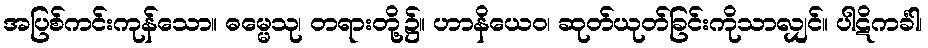
အပြစ်ကင်းကုန်သော။ ဓမ္မေသု၊ တရားတို့၌။ ဟာနိယေဝ၊ ဆုတ်ယုတ်ခြင်းကိုသာလျှင်။ ပါဋိကင်္ခါ၊